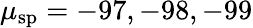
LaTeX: \mu_{\mathrm{sp}}=-97,-98,-99